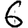
Digit: 6